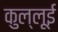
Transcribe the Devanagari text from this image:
कुल्लूई